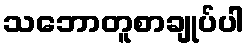
သဘောတူစာချုပ်ပါ